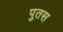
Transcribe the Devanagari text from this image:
पुतस